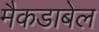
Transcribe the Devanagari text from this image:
मैकडाबेल